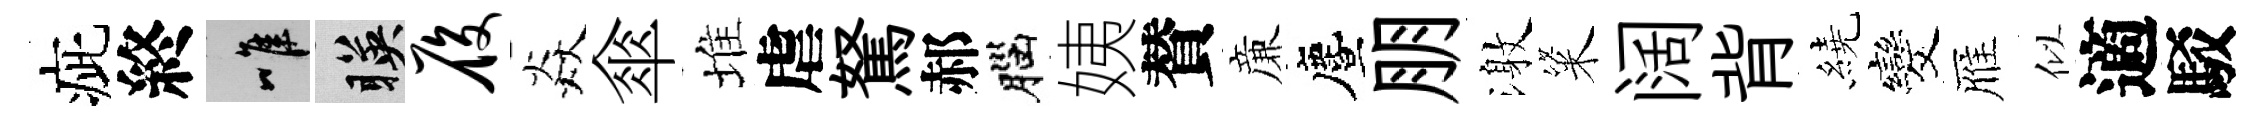
疵終唯暎履焱傘堆虐駑郝腦姨賛亷󵨌朋激粢阔背繞发雁似適駁